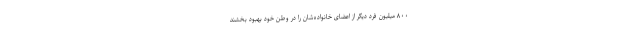
۸۰۰ میلیون فرد دیگر از اعضای خانواده‌شان را در وطن خود بهبود بخشند